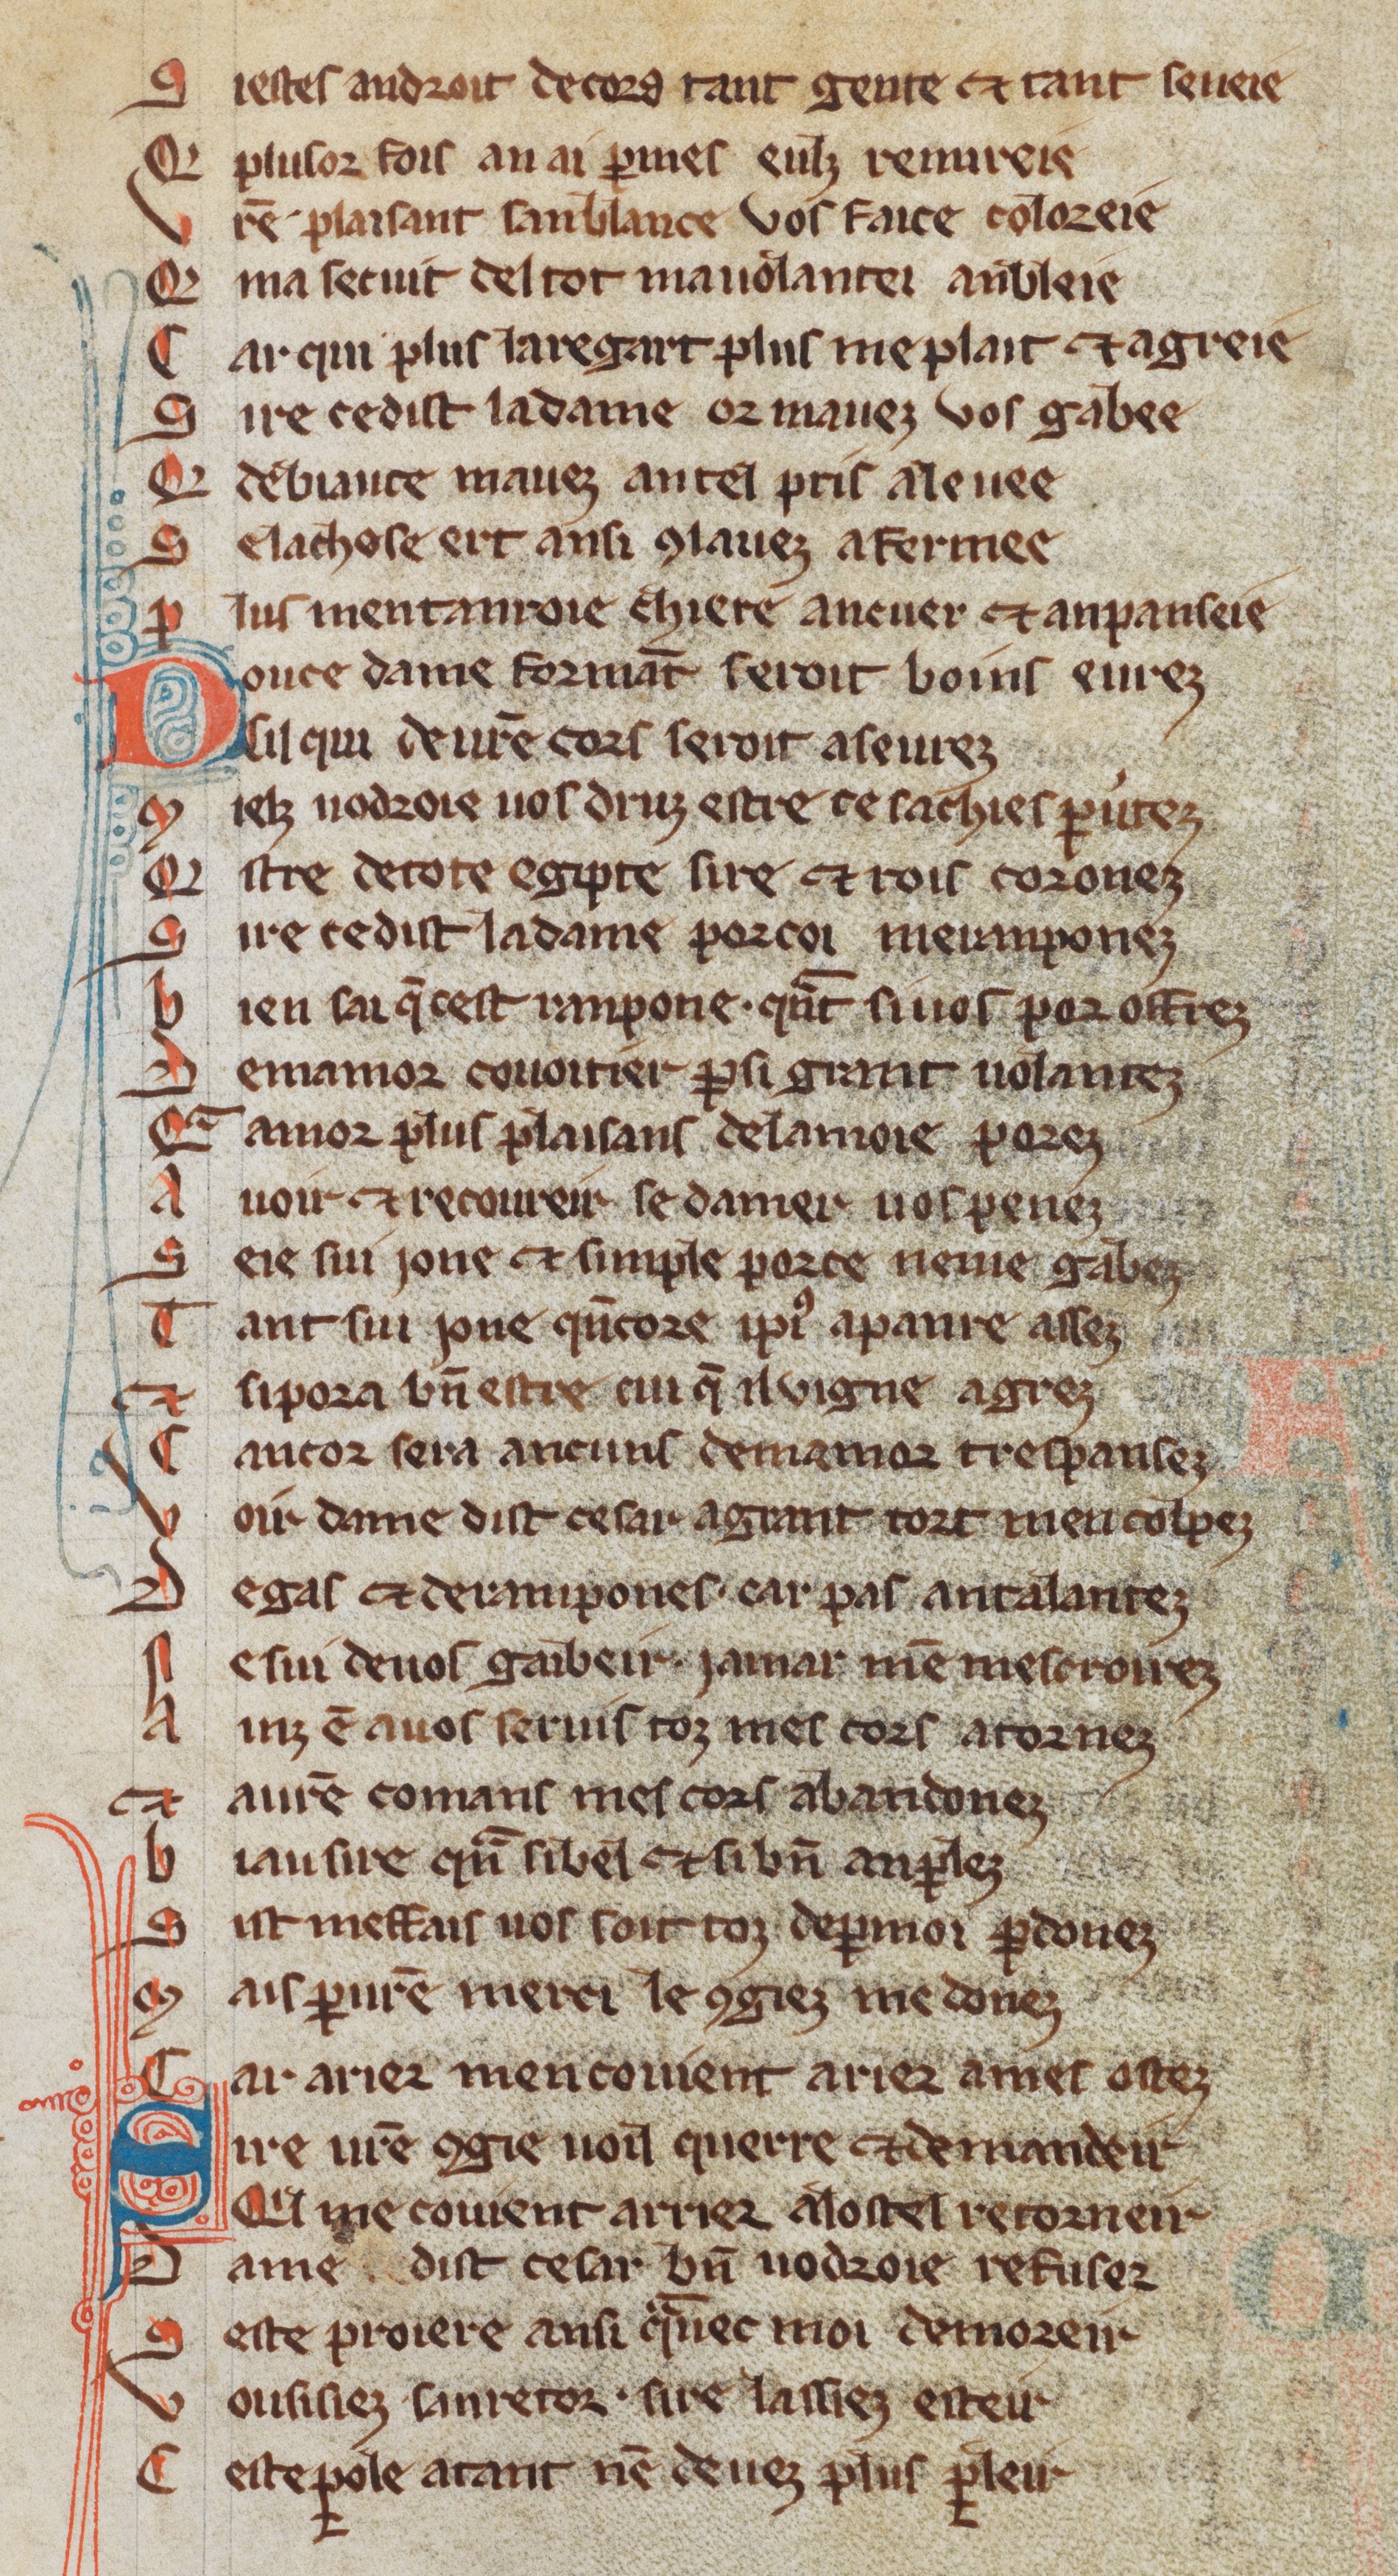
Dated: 1270–1330